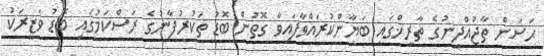
ޙަސަން ތާޖުއްދީނުގެ ތާރީޚްގައި ބަޔާންކުރައްވާފައިވާ ގޮތުން ބޮޑު ތަކުރުފާނުގެ ރަސްކަމުގައި ބޮޑު ވަޒީރަކު